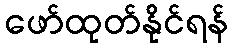
ဖော်ထုတ်နိုင်ရန်